Preliminary report on an investigation into the etiology of Oriental sore in Cambay - Number 50
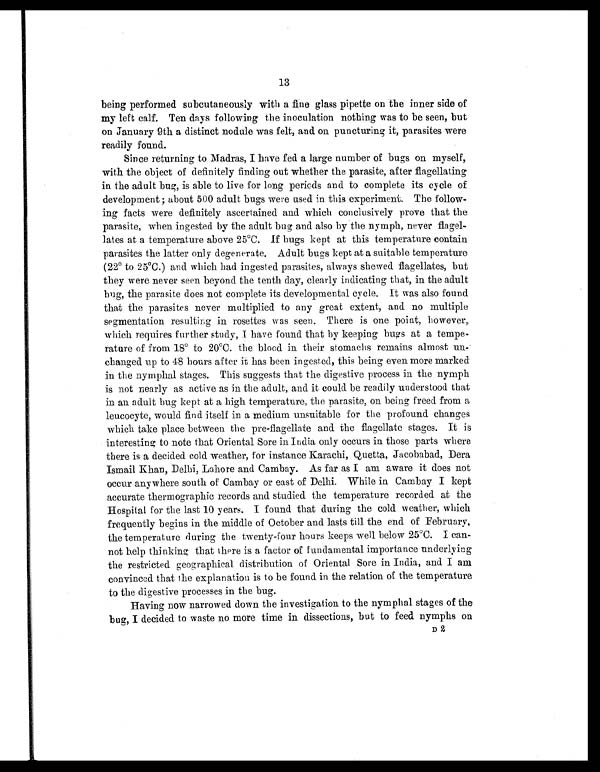
13
being performed subcutaneously with a fine glass pipette on the inner side of
my left calf. Ten days following the inoculation nothing was to be seen, but
on January 9th a distinct nodule was felt, and on puncturing it, parasites were
readily found.
Since returning to Madras, I have fed a large number of bugs on myself,
with the object of definitely finding out whether the parasite, after flagellating
in the adult bug, is able to live for long periods and to complete its cycle of
development ; about 500 adult bugs were used in this experiment. The follow-
ing facts were definitely ascertained and which conclusively prove that the
parasite, when ingested by the adult bug and also by the nymph, never flagel-
lates at a temperature above 25°C. If hugs kept at this temperature contain
parasites the latter only degenerate. Adult bugs kept at a suitable temperature
(22° to 25°C.) and which had ingested parasites, always showed flagellates, but
they were never seen beyond the tenth day, clearly indicating that, in the adult
bug, the parasite does not complete its developmental cycle. It was also found
that the parasites never multiplied to any great extent, and no multiple
segmentation resulting in rosettes was seen. There is one point, however,
which requires further study, I have found that by keeping bugs at a tempe-
rature of from 18° to 20°C. the blood in their stomachs remains almost un-
changed up to 48 hours after it has been ingested, this being even more marked
in the nymphal stages. This suggests that the digestive process in the nymph
is not nearly as active as in the adult, and it could be readily understood that
in an adult bug kept at a high temperature, the parasite, on being freed from a
leucocyte, would find itself in a medium unsuitable for the profound changes
which take place between the pre-flagellate and the flagellate stages. It is
interesting to note that Oriental Sore in India only occurs in those parts where
there is a decided cold weather, for instance Karachi, Quetta, Jacobabad, Dera
Ismail Khan, Delhi, Lahore and Cambay. As far as I am aware it does not
occur anywhere south of Cambay or east of Delhi. While in Cambay I kept
accurate thermographic records and studied the temperature recorded at the
Hospital for the last 10 years. I found that during the cold weather, which
frequently begins in the middle of October and lasts till the end of February,
the temperature during the twenty-four hours keeps well below 25°C. I can-
not help thinking that there is a factor of fundamental importance underlying
the restricted geographical distribution of Oriental Sore in India, and I am
convinced that the explanation is to be found in the relation of the temperature
to the digestive processes in the bug.
Having now narrowed down the investigation to the nymphal stages of the
bug, I decided to waste no more time in dissections, but to feed nymphs on
D2